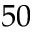
5 0